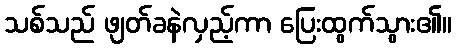
သစ်သည် ဖျတ်ခနဲလှည့်ကာ ပြေးထွက်သွား၏။